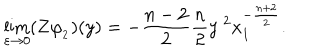
\lim _ { \varepsilon \to 0 } ( \mathbf { Z } \varphi _ { _ 2 } ) ( y ) = - \frac { n - 2 } { 2 } \frac { n } { 2 } y ^ { \; 2 } x _ { 1 } ^ { - \frac { n + 2 } { 2 } } .